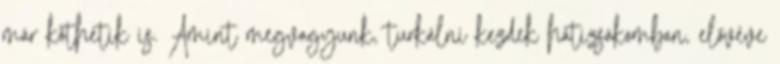
már köthetik is. Amint megvagyunk, turkálni kezdek hátizsákomban, elővéve